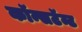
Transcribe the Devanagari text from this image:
कॉन्सटॅन्ट